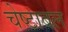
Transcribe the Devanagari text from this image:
चेष्टाबल